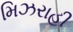
મિઝરાહી